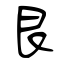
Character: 艮